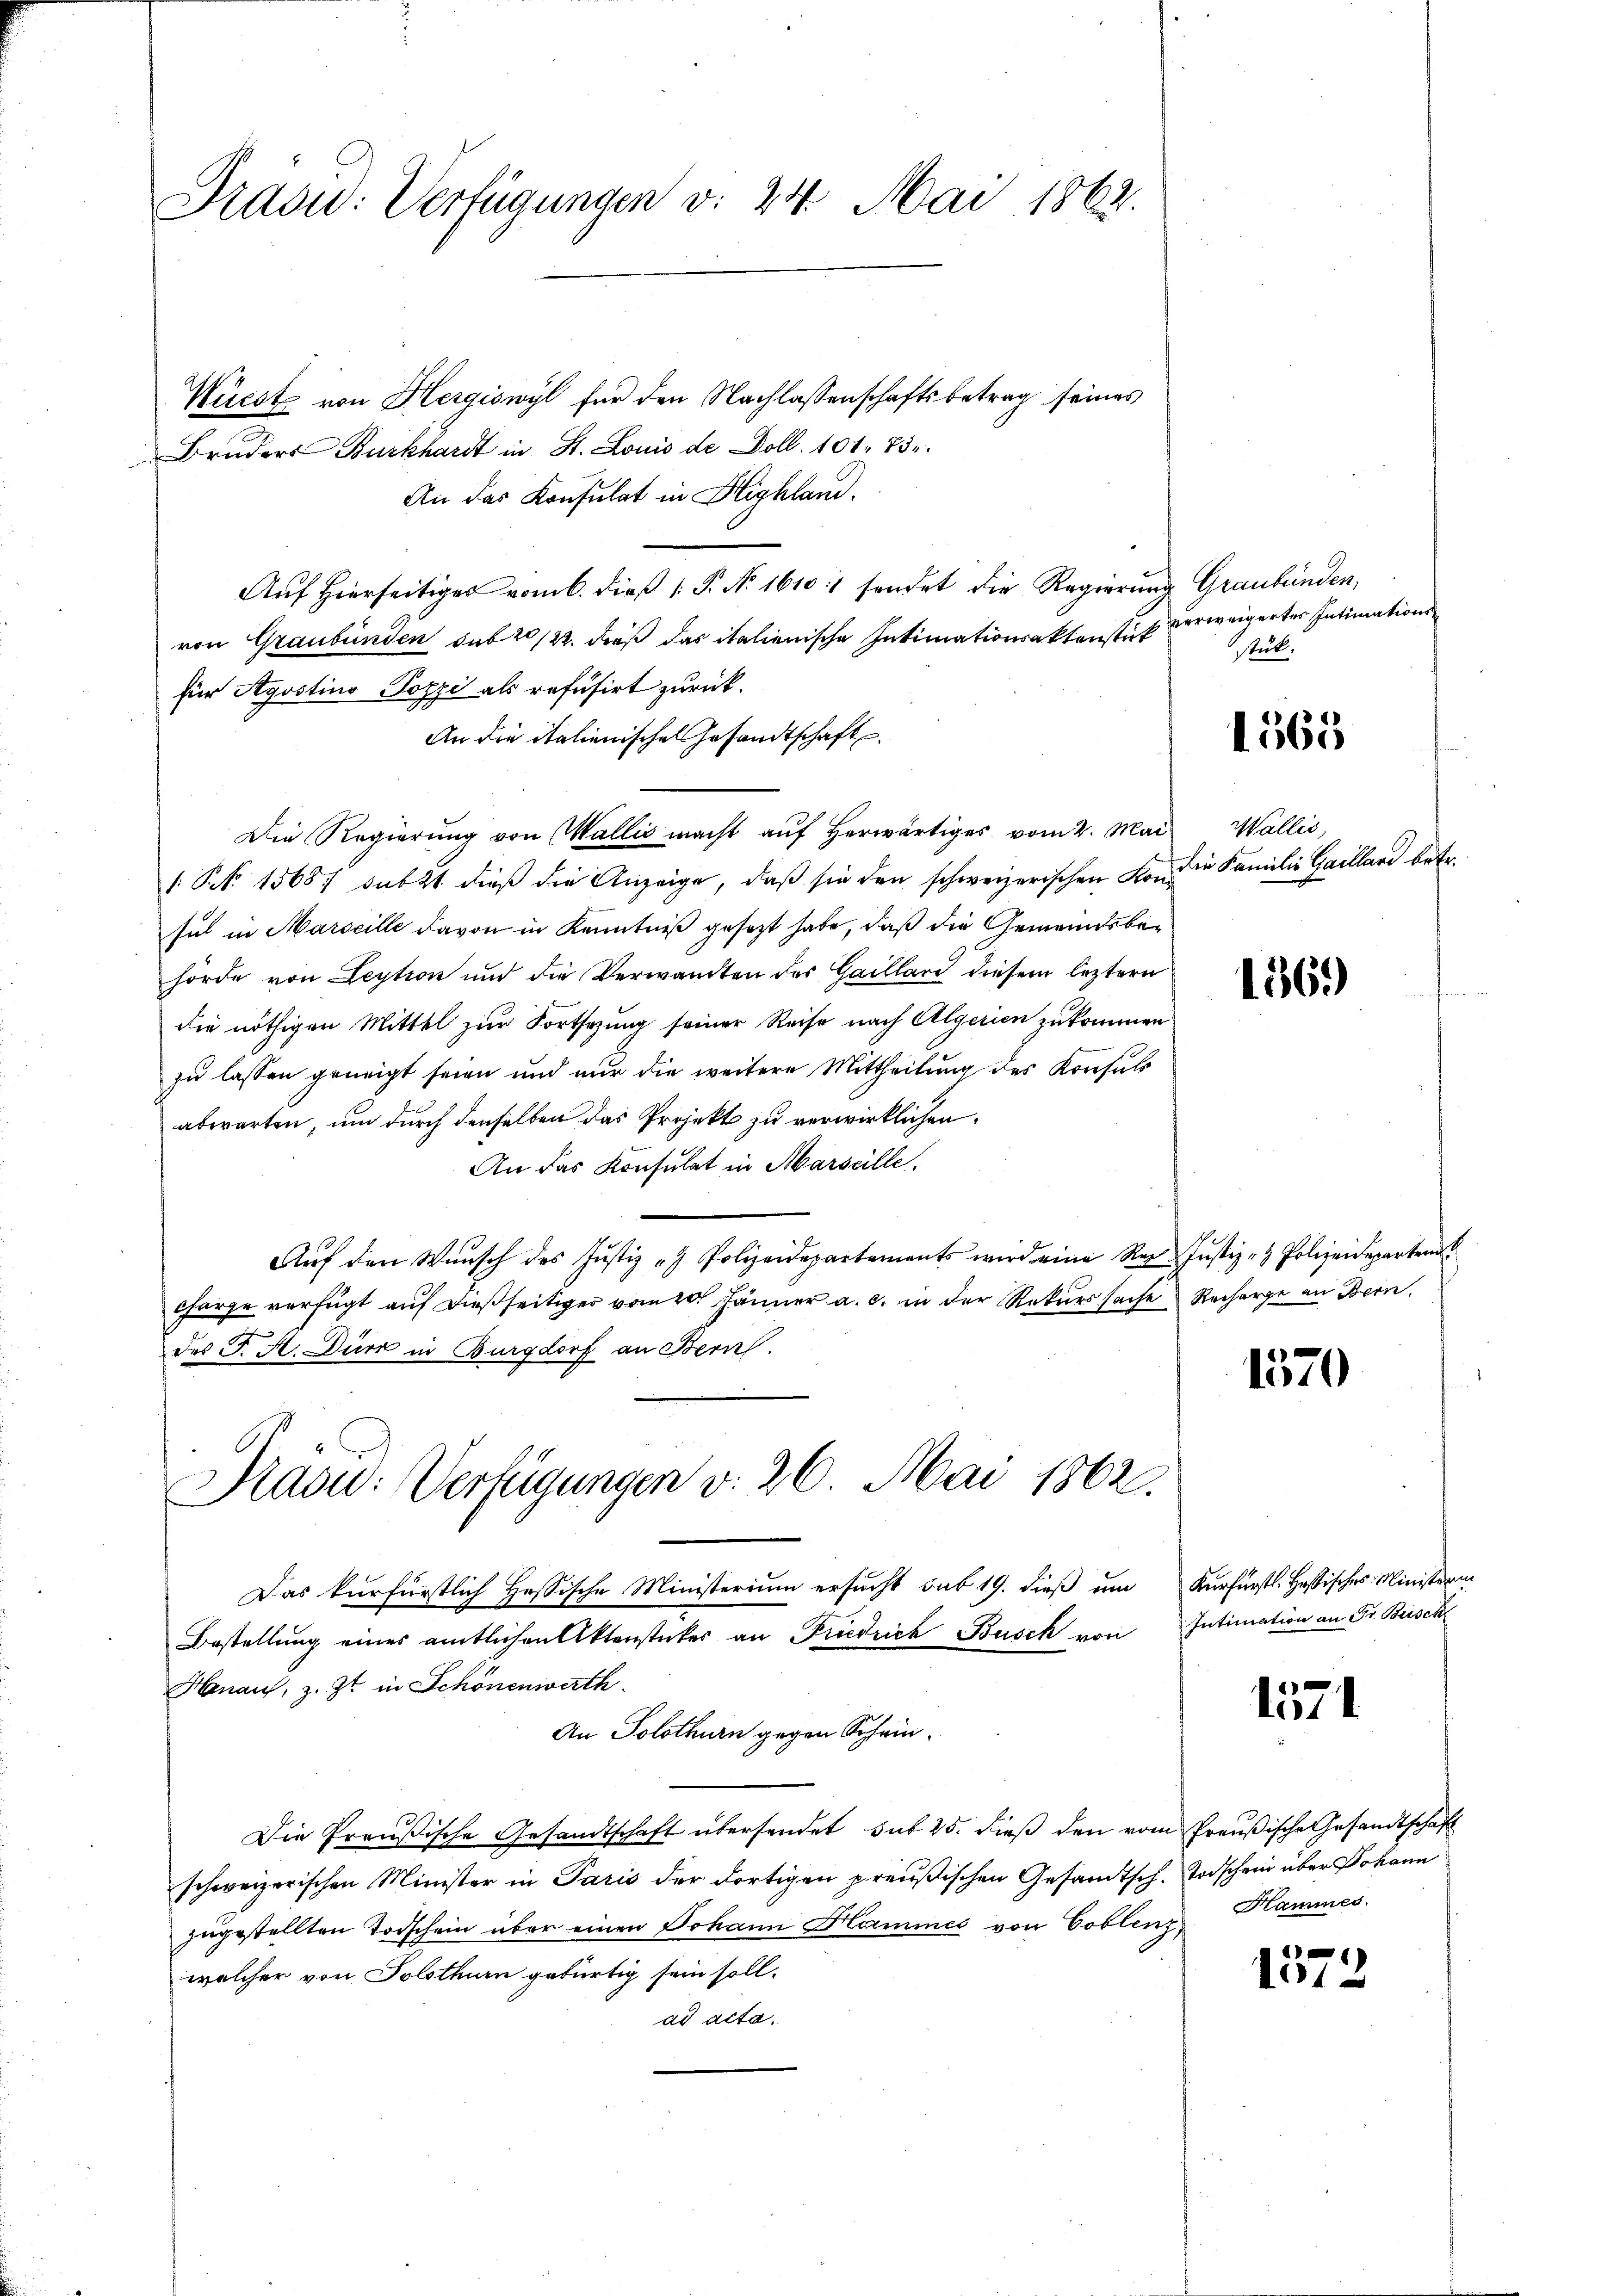
Pradu: Verfügungen v. 24. Mai 1862.

Wüest von Hergiswyl für den Nachlassenschaftsbetrag seines
Bruders Burkhardt in St. Louis de Doll. 101. 73.
An das Konsulat in Highlan
Auf Hierseitiges vom 6. dieß P. No. 1610:/ sendet die Regierung Graubünden,
von Graubünden sub 20/22. daß das italienische Intimationsaktenstück verweigertes Intimations
für Agostino Pozzi als refüsirt zurück.
An die italienisches Gesandtschaft.
Die Regierung von Wallis macht auf herwärtiges vom 2. Mai
/ NNo. 15687 dutzt dieß die Anzeige, daß sie den schweizerischen Konsul in Marseille davon in Kenntniß gesetzt habe, daß die Gemeindsbehörde von Leytion und die Verwandten der Gaillard diesem leztern
die nöthigen Mittel zur Fortsezung seiner Reise nach Algerien zukommen
zu lassen geneigt seien und nur die weitere Mittheilung des Konsuls
abwarten, um durch denselben das Projekt zu verwirklichen
An das Konsulat in Marseille.
Aŭf den Wŭnsch des Justiz - Polizeidepartements wird eine Reg. Justiz- & Polizeidepartem
charge verfügt aŭf dießseitiger vom 20. Jänner a. c. in der Rekurssache Recharge an Bern,
des J. A. Dürk in Burgdorf an Bern

Rasu: Verfügungen v. 26. Mai 1862.

Das kurfürstlich Hessische Ministerium ersucht sub 19. dieß um
Bestellung eines amtlichen Aktenstückes an Friedrich Busch von
Hanaus, z. Zt. in Schönenwerth
An Solothurn gegen Schein¬
1.
Die Preußische Gesandtschaft übersendet sub 25. dieβ den vom Preußische Gesandtschaft
schweizerischen Minister in Paris der dortigen preußischen Gesandtsch. Todschein über Johann
zugestellten Todschein über einen Johann Kamines von Coblenz,
welcher von Solothurn gebürtig sein soll.
ad acta.

Stuk.

1563

Wallis,
die Familie Gailland betr.

1569)

1570

Verfürstl. Gebischer Ministern
Intimation an Fr. Busch

1571

Hammes.

1372